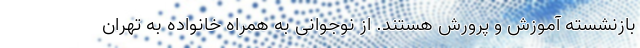
بازنشسته آموزش و پرورش هستند. از نوجوانی به همراه خانواده به تهران